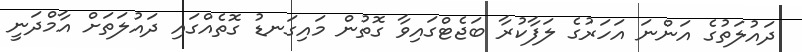
ދައުލަތުގެ އަންނަ އަހަރުގެ ލަފާކުރާ ބަޖެޓްގައިވާ ގޮތުން މައިގަނޑު ގޮތެއްގައި ދައުލަތަށް އާމްދަނީ